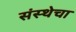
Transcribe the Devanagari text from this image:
संस्‍थेचा